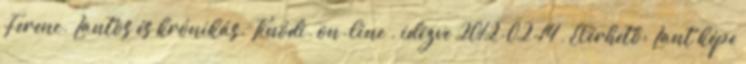
Ferenc. Lantos és krónikás. Tinódi. on-line . idézve 2012-02-14 , Elérhető: Lant képe